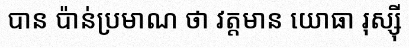
បាន ប៉ាន់ប្រមាណ ថា វត្តមាន យោធា រុស្ស៊ី